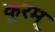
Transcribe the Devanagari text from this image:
कूरम्